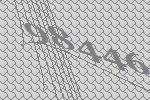
98446